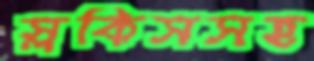
স্লকিসসহ